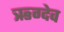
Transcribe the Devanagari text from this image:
ऋग्देव